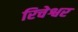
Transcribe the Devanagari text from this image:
रिचेश्वर